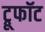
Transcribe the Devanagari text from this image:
ट्रूफॉट